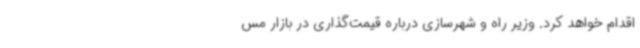
اقدام خواهد کرد. وزیر راه و شهرسازی درباره قیمت‌گذاری در بازار مس